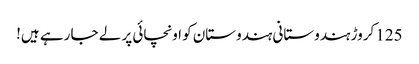
125 کروڑ ہندوستانی ہندوستان کو اونچائی پر لے جا رہے ہیں!